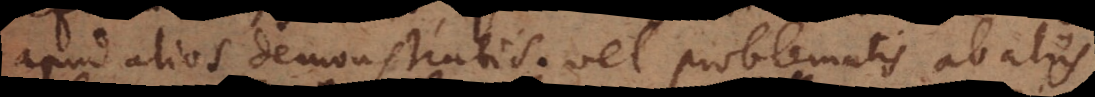
apud alios demonstratis; vel problematis ab aliis